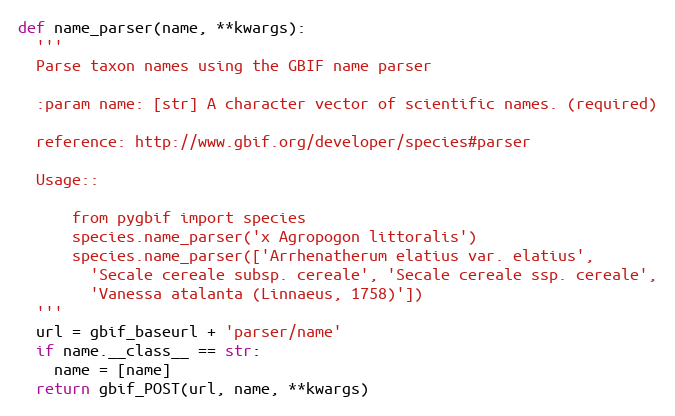
Language: Python
def name_parser(name, **kwargs):
  '''
  Parse taxon names using the GBIF name parser

  :param name: [str] A character vector of scientific names. (required)

  reference: http://www.gbif.org/developer/species#parser

  Usage::

      from pygbif import species
      species.name_parser('x Agropogon littoralis')
      species.name_parser(['Arrhenatherum elatius var. elatius',
        'Secale cereale subsp. cereale', 'Secale cereale ssp. cereale',
        'Vanessa atalanta (Linnaeus, 1758)'])
  '''
  url = gbif_baseurl + 'parser/name'
  if name.__class__ == str:
    name = [name]
  return gbif_POST(url, name, **kwargs)